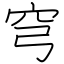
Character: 穹